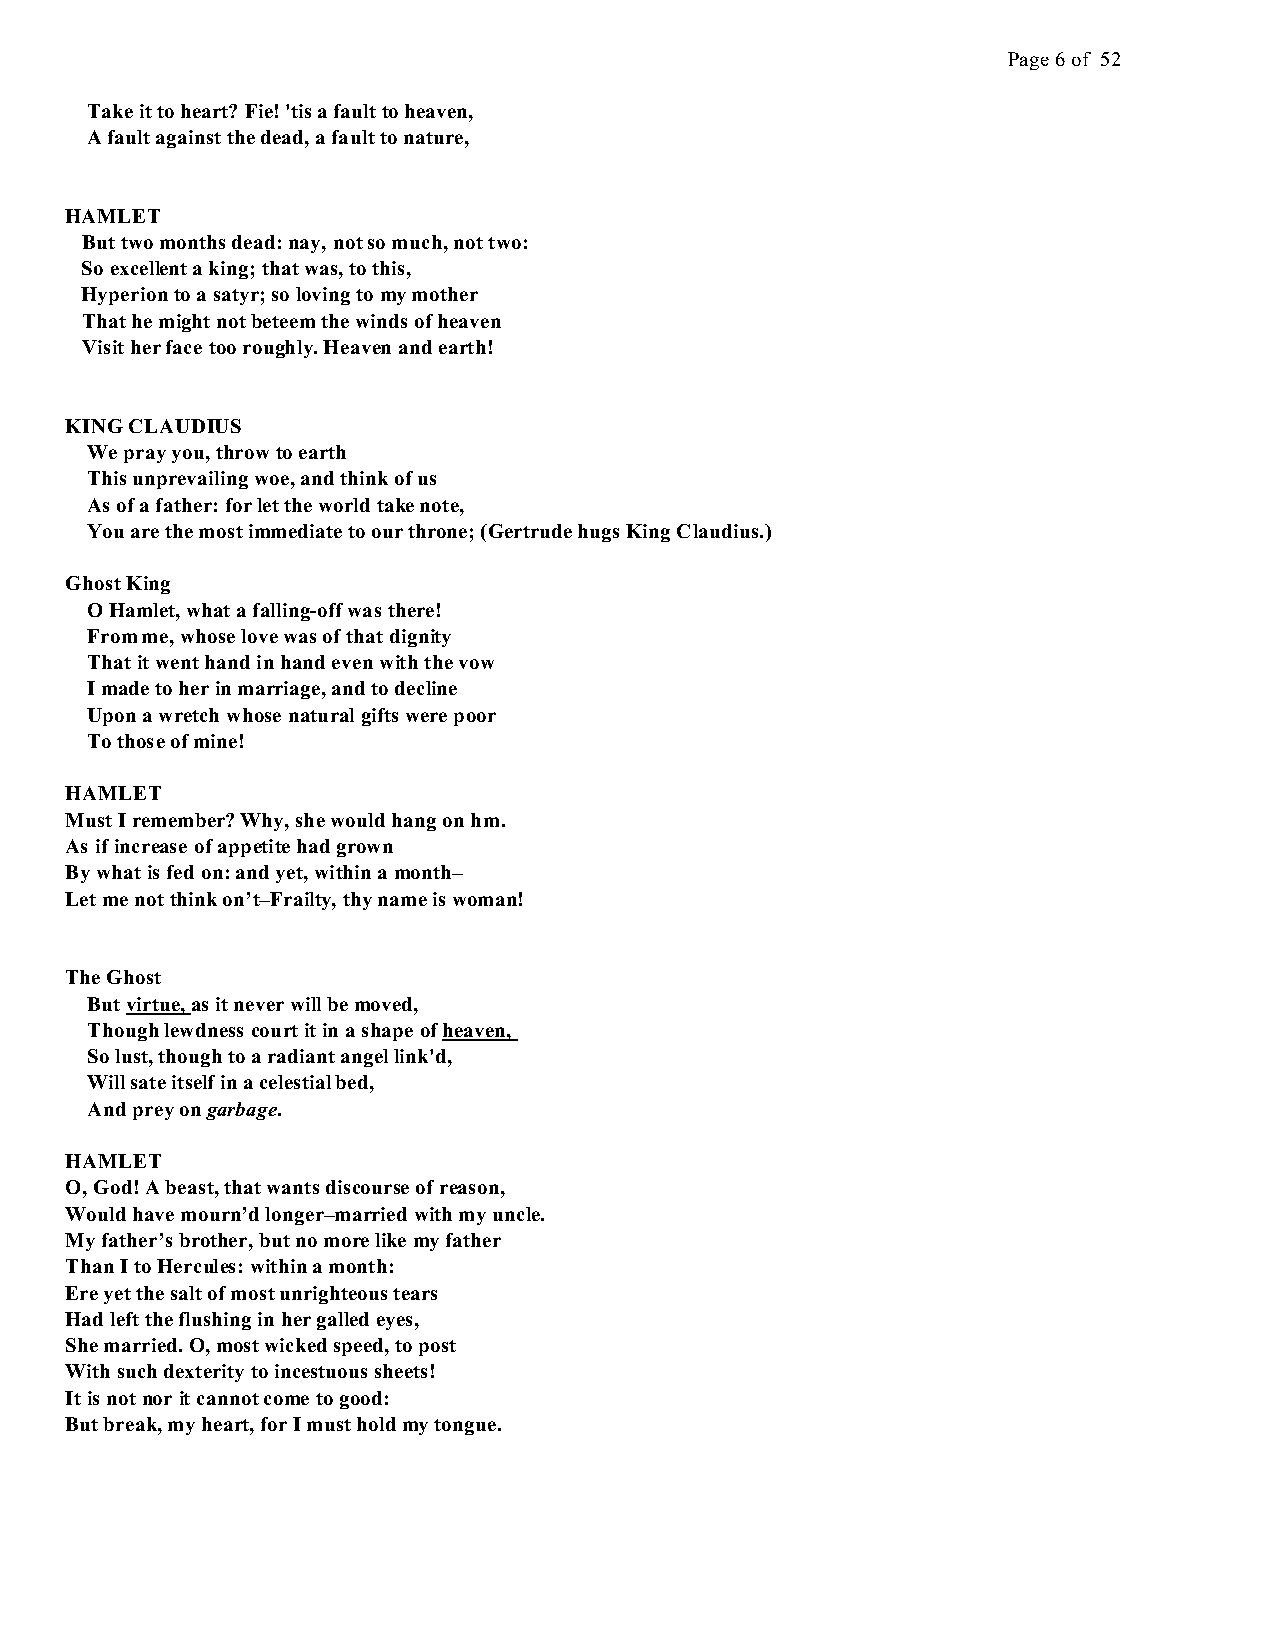
Page 6 of 52
 Take it to heart? Fie! 'tis a fault to heaven,
 A fault against the dead, a fault to nature,
 HAMLET
 But two months dead: nay, not so much, not two:
 So excellent a king; that was, to this,
 Hyperion to a satyr; so loving to my mother
 That he might not beteem the winds of heaven
 Visit her face too roughly. Heaven and earth!
 KING CLAUDIUS
 We pray you, throw to earth
 This unprevailing woe, and think of us
 As of a father: for let the world take note,
 You are the most immediate to our throne; (Gertrude hugs King Claudius.)
 Ghost King
 O Hamlet, what a falling-off was there!
 From me, whose love was of that dignity
 That it went hand in hand even with the vow
 I made to her in marriage, and to decline
 Upon a wretch whose natural gifts were poor
 To those of mine!
 HAMLET
 Must I remember? Why, she would hang on hm.
 As if increase of appetite had grown
 By what is fed on: and yet, within a month–
 Let me not think on’t–Frailty, thy name is woman!
 The Ghost
 But virtue, as it never will be moved,
 Though lewdness court it in a shape of heaven,
 So lust, though to a radiant angel link'd,
 Will sate itself in a celestial bed,
 And prey on garbage.
 HAMLET
 O, God! A beast, that wants discourse of reason,
 Would have mourn’d longer–married with my uncle.
 My father’s brother, but no more like my father
 Than I to Hercules: within a month:
 Ere yet the salt of most unrighteous tears
 Had left the flushing in her galled eyes,
 She married. O, most wicked speed, to post
 With such dexterity to incestuous sheets!
 It is not nor it cannot come to good:
 But break, my heart, for I must hold my tongue.